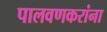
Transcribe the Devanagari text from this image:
पालवणकरांना